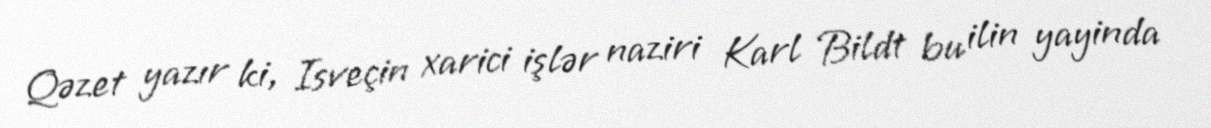
Qəzet yazır ki, Isveçin xarici işlər naziri Karl Bildt bu ilin yayinda